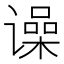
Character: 𬤨